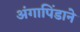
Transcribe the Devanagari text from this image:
अंगापिंडाने